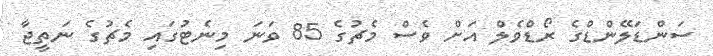
ސަންޑަލޭންޑްގެ ރޯޑްވެލް އަށް ވެސް މެޗުގެ 85 ވަނަ މިނެޓުގައި މެޗުގެ ނަތީޖާ